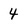
Character: 4